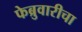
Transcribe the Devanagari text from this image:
फेब्रुवारीचा